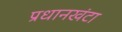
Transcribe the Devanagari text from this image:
प्रधानखंटा